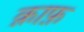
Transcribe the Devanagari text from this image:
क़ाफ़